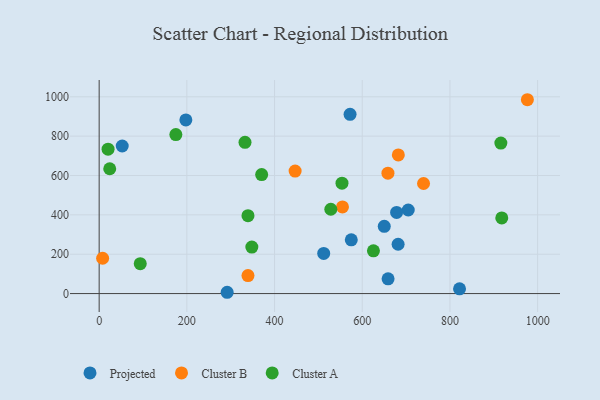
{"axis": {"x": "Study Hours", "y": "Profit"}, "legend": ["Cluster A", "Cluster B", "Projected"], "data": [{"x": "650.2", "y": 341.8, "type": "Projected"}, {"x": "575.0", "y": 273.4, "type": "Projected"}, {"x": "821.9", "y": 24.0, "type": "Projected"}, {"x": "681.8", "y": 250.6, "type": "Projected"}, {"x": "197.7", "y": 882.5, "type": "Projected"}, {"x": "52.6", "y": 750.0, "type": "Projected"}, {"x": "572.2", "y": 911.1, "type": "Projected"}, {"x": "704.9", "y": 424.7, "type": "Projected"}, {"x": "678.4", "y": 412.4, "type": "Projected"}, {"x": "658.9", "y": 75.0, "type": "Projected"}, {"x": "512.1", "y": 204.0, "type": "Projected"}, {"x": "291.9", "y": 6.6, "type": "Projected"}, {"x": "339.4", "y": 91.4, "type": "Cluster B"}, {"x": "554.9", "y": 440.3, "type": "Cluster B"}, {"x": "976.6", "y": 985.2, "type": "Cluster B"}, {"x": "739.8", "y": 559.5, "type": "Cluster B"}, {"x": "446.9", "y": 622.7, "type": "Cluster B"}, {"x": "682.3", "y": 704.8, "type": "Cluster B"}, {"x": "658.6", "y": 611.7, "type": "Cluster B"}, {"x": "7.9", "y": 179.4, "type": "Cluster B"}, {"x": "918.2", "y": 384.7, "type": "Cluster A"}, {"x": "93.7", "y": 152.0, "type": "Cluster A"}, {"x": "370.6", "y": 604.8, "type": "Cluster A"}, {"x": "24.1", "y": 634.4, "type": "Cluster A"}, {"x": "174.9", "y": 807.9, "type": "Cluster A"}, {"x": "332.6", "y": 768.5, "type": "Cluster A"}, {"x": "348.2", "y": 236.5, "type": "Cluster A"}, {"x": "916.1", "y": 765.0, "type": "Cluster A"}, {"x": "528.3", "y": 428.6, "type": "Cluster A"}, {"x": "339.4", "y": 395.7, "type": "Cluster A"}, {"x": "625.5", "y": 217.4, "type": "Cluster A"}, {"x": "553.8", "y": 561.1, "type": "Cluster A"}, {"x": "20.3", "y": 734.0, "type": "Cluster A"}]}